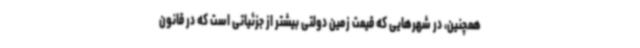
همچنین، در شهرهایی که قیمت زمین دولتی بیشتر از جزئیاتی است که در قانون